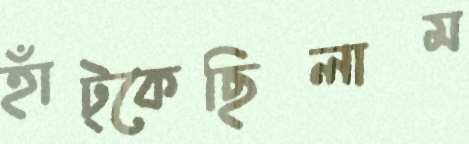
হাঁট্‌কেছিলাম